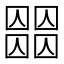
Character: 𡈶